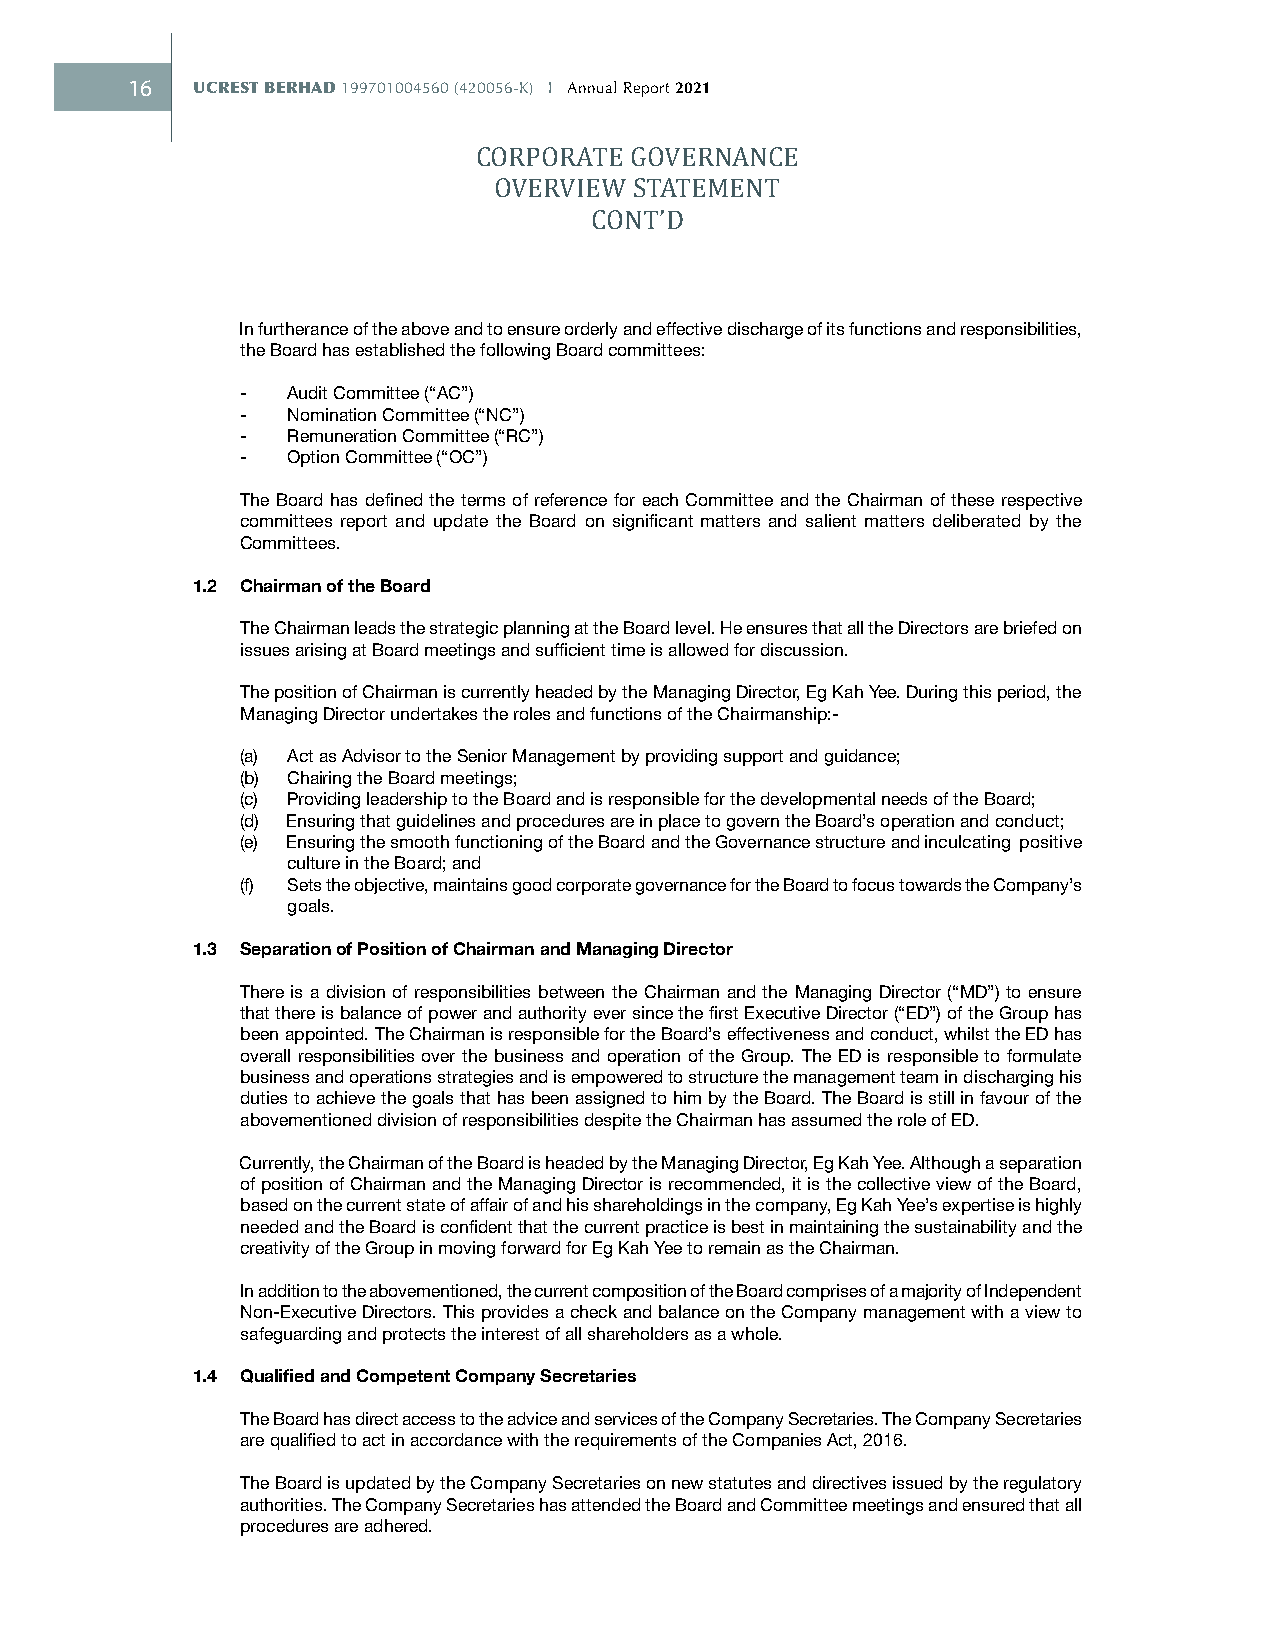
16   UCREST BERHAD 199701004560 (420056-K) I Annual Report 2021
 CORPORATE GOVERNANCE
 OVERVIEW STATEMENT
 CONT’D
 In furtherance of the above and to ensure orderly and effective discharge of its functions and responsibilities,
 the Board has established the following Board committees:
 -  Audit Committee (“AC”)
 -  Nomination Committee (“NC”)
 -  Remuneration Committee (“RC”)
 -  Option Committee (“OC”)
 The Board has defined the terms of reference for each Committee and the Chairman of these respective
 committees report and update the Board on significant matters and salient matters deliberated by the
 Committees.
 1.2 Chairman of the Board
 The Chairman leads the strategic planning at the Board level. He ensures that all the Directors are briefed on
 issues arising at Board meetings and sufficient time is allowed for discussion.
 The position of Chairman is currently headed by the Managing Director, Eg Kah Yee. During this period, the
 Managing Director undertakes the roles and functions of the Chairmanship:-
 (a) Act as Advisor to the Senior Management by providing support and guidance;
 (b) Chairing the Board meetings;
 (c) Providing leadership to the Board and is responsible for the developmental needs of the Board;
 (d) Ensuring that guidelines and procedures are in place to govern the Board’s operation and conduct;
 (e) Ensuring the smooth functioning of the Board and the Governance structure and i nculcating positive
 culture in the Board; and
 (f) Sets the objective, maintains good corporate governance for the Board to focus towards the Company’s
 goals.
 1.3 Separation of Position of Chairman and Managing Director
 There is a division of responsibilities between the Chairman and the Managing Director (“MD”) to ensure
 that there is balance of power and authority ever since the first Executive Director (“ED”) of the Group has
 been appointed. The Chairman is responsible for the Board’s effectiveness and conduct, whilst the ED has
 overall responsibilities over the business and operation of the Group. The ED is responsible to formulate
 business and operations strategies and is empowered to structure the management team in discharging his
 duties to achieve the goals that has been assigned to him by the Board. The Board is still in favour of the
 abovementioned division of responsibilities despite the Chairman has assumed the role of ED.
 Currently, the Chairman of the Board is headed by the Managing Director, Eg Kah Yee. Although a separation
 of position of Chairman and the Managing Director is recommended, it is the collective view of the Board,
 based on the current state of affair of and his shareholdings in the company, Eg Kah Yee’s expertise is highly
 needed and the Board is confident that the current practice is best in maintaining the sustainability and the
 creativity of the Group in moving forward for Eg Kah Yee to remain as the Chairman.
 In addition to the abovementioned, the current composition of the Board comprises of a majority of Independent
 Non-Executive Directors. This provides a check and balance on the Company management with a view to
 safeguarding and protects the interest of all shareholders as a whole.
 1.4 Qualified and Competent Company Secretaries
 The Board has direct access to the advice and services of the Company Secretaries. The Company Secretaries
 are qualified to act in accordance with the requirements of the Companies Act, 2016.
 The Board is updated by the Company Secretaries on new statutes and directives issued by the regulatory
 authorities. The Company Secretaries has attended the Board and Committee meetings and ensured that all
 procedures are adhered.